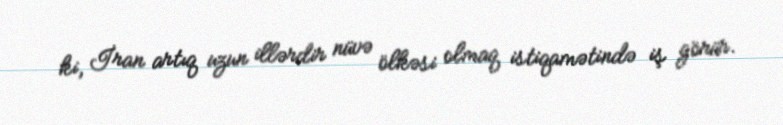
ki, İran artıq uzun illərdir nüvə ölkəsi olmaq istiqamətində iş görür.